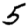
Digit: 5